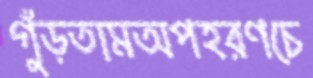
গুঁড়তামঅপহরণচে